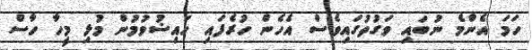
ހަމަ އެންމެ ނުބައި ވަގުތުގައިވެސް އެހެން ހުރެފައި ހައިޟުވުމުން މުޅި މީހާ ހާސް